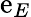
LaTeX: \mathrm{e}_{E}